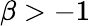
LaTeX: \beta>-1